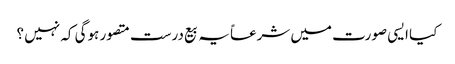
کیا ایسی صورت میں شرعاً یہ بیع درست متصور ہوگی کہ نہیں ؟